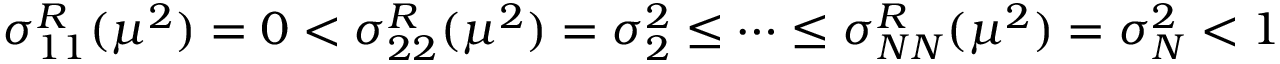
\sigma _ { 1 1 } ^ { R } ( \mu ^ { 2 } ) = 0 < \sigma _ { 2 2 } ^ { R } ( \mu ^ { 2 } ) = \sigma _ { 2 } ^ { 2 } \leq \dots \leq \sigma _ { N N } ^ { R } ( \mu ^ { 2 } ) = \sigma _ { N } ^ { 2 } < 1